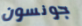
جونسون